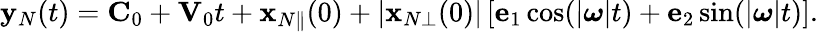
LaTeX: \begin{array}{r}{{\mathbf y}_{N}(t)={\mathbf C}_{0}+{\mathbf V}_{0}t+{\mathbf x}_{N\Vert}(0)+|{\mathbf x}_{N\bot}(0)|\left[{\mathbf e}_{1}\cos(|\boldsymbol{\omega}|t)+{\mathbf e}_{2}\sin(|\boldsymbol{\omega}|t)\right].}\end{array}